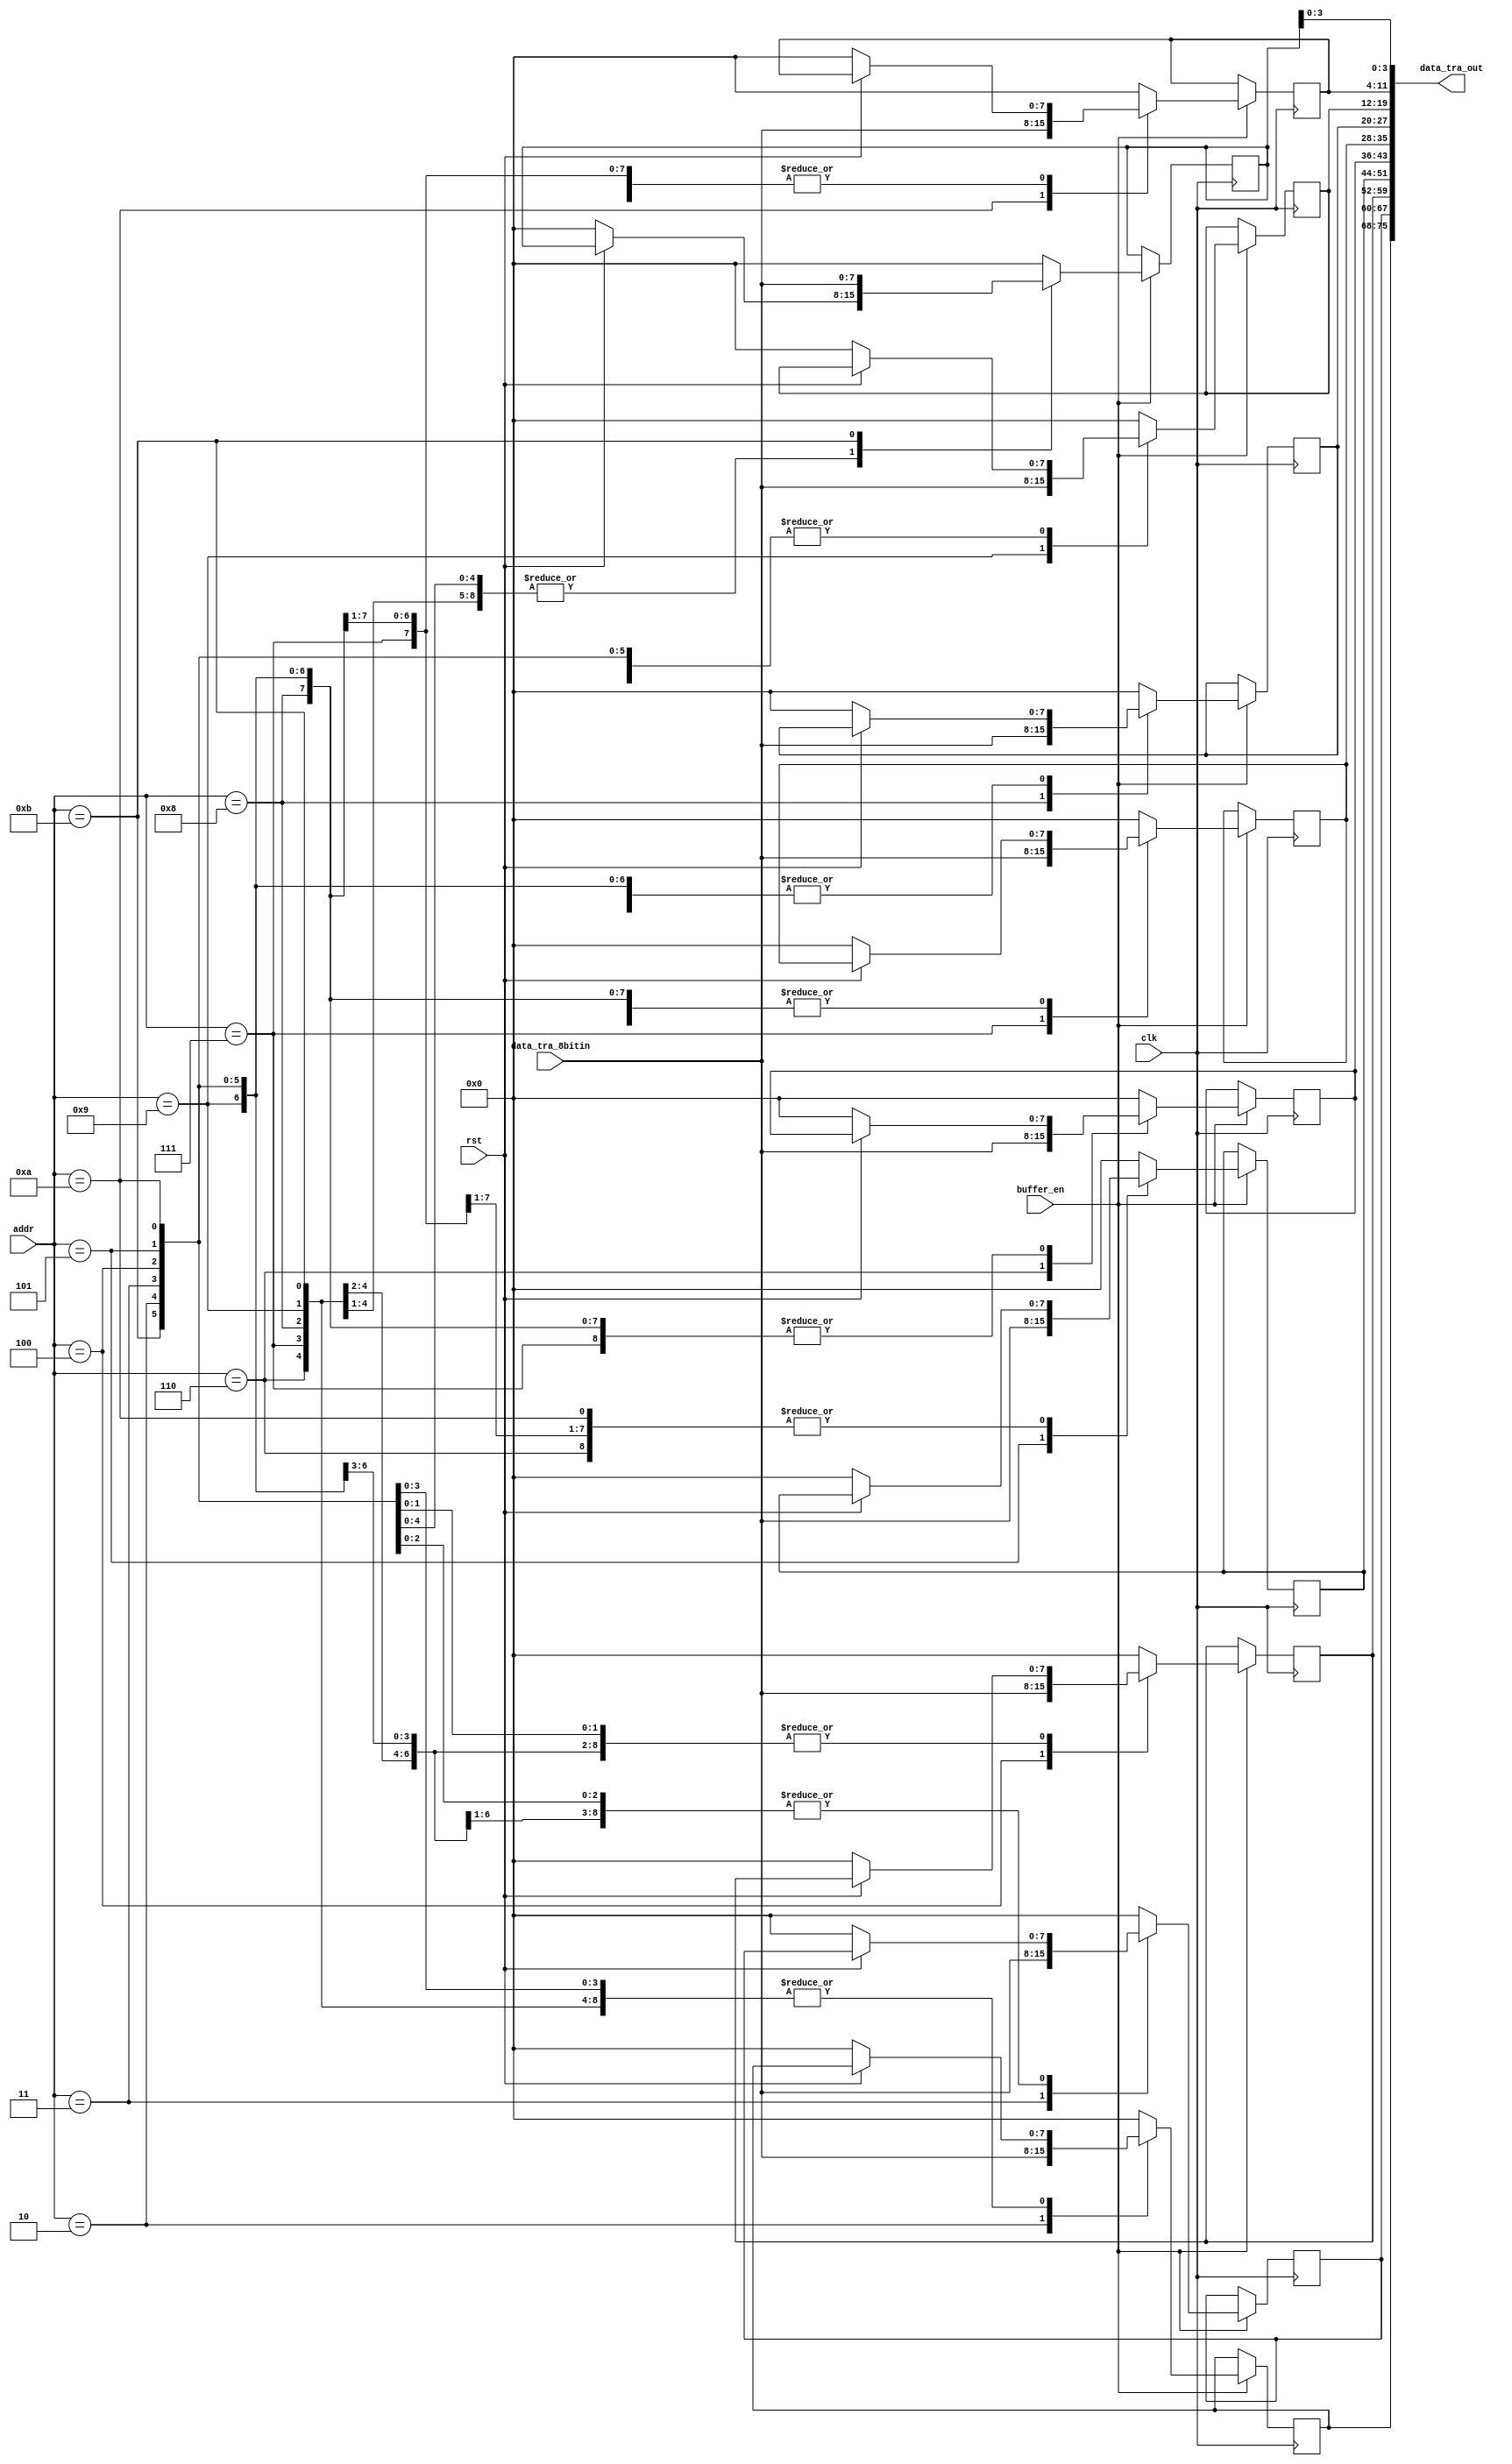
//
// Verilog Module mopshub_lib.tra_elink_buf
//
// Created:
//          by - dcs.dcs (chipdev2.physik.uni-wuppertal.de)
//          at - 11:42:25 08/18/21
//
// using Mentor Graphics HDL Designer(TM) 2019.4 (Build 4)
//

`resetall
`timescale 1ns/10ps
module buffer_tra_elink(
   // Port Declarations
   input   wire           clk, 
   input   wire    [7:0]  data_tra_8bitin,   // 16-bit data from each traeive register of canakari
   input   wire           buffer_en,            // enable signal
   input   wire           rst,           // reset active low
   input   wire    [4 :0] addr,        
   output  wire    [75:0] data_tra_out  // complete CAN message output. 11-bit b0 and 4 data-bytes

);

  // Internal Declarations
  reg [7:0] b0;      // CAN b0 is 11-bits.  Here 3 Hex values are used to reprent COB-b0
  reg [7:0] b1;         // Data bytes 1...8
  reg [7:0] b2;  
  reg [7:0] b3;  
  reg [7:0] b4;  
  reg [7:0] b5;  
  reg [7:0] b6;  
  reg [7:0] b7;  
  reg [7:0] b8;  
  reg [7:0] b9;  
  initial 
    begin
      b0 = 8'h00;     
      b1 = 8'h00;        
      b2 = 8'h00;  
      b3 = 8'h00;  
      b4 = 8'h00;  
      b5 = 8'h00;  
      b6 = 8'h00;  
      b7 = 8'h00;  
      b8 = 8'h00;  
      b9 = 8'h00; 
    end
    
    
always@(posedge clk)
begin 
  if(!rst)
   begin 
   b0 <= 8'h00;
   b1 <= 8'h00;
   b2 <= 8'h00;
   b3 <= 8'h00;
   b4 <= 8'h00;
   b5 <= 8'h00;
   b6 <= 8'h00;
   b7 <= 8'h00;
   b8 <= 8'h00;
   b9 <= 8'h00;
   end
   if(buffer_en)
    begin
      case(addr)
       5'h2 : b0  <= data_tra_8bitin[7:0];        
       5'h3 : b1  <= data_tra_8bitin[7:0];         
       5'h4 : b2  <= data_tra_8bitin[7:0];                                  
       5'h5 : b3  <= data_tra_8bitin[7:0];        
       5'h6 : b4  <= data_tra_8bitin[7:0];                     
       5'h7 : b5  <= data_tra_8bitin[7:0];       
       5'h8 : b6  <= data_tra_8bitin[7:0];           
       5'h9 : b7  <= data_tra_8bitin[7:0];      
       5'hA : b8  <= data_tra_8bitin[7:0];            
       5'hB : b9  <= data_tra_8bitin[7:0];            
       default 
        begin
         b0 <= 8'h00;
         b1 <= 8'h00;
         b2 <= 8'h00;
         b3 <= 8'h00;
         b4 <= 8'h00;
         b5 <= 8'h00;
         b6 <= 8'h00;
         b7 <= 8'h00;
         b8 <= 8'h00;
         b9 <= 8'h00;
        end 
      endcase
    end  
    else
     begin
          b0 <= b0;
          b1 <= b1;
          b2 <= b2;
          b3 <= b3;
          b4 <= b4;
          b5 <= b5;
          b6 <= b6;
          b7 <= b7;
          b8 <= b8;
          b9 <= b9;      
     end 
end 

//Output assigments
assign data_tra_out = {b0,b1,b2,b3,b4,b5,b6,b7,b8,b9[3:0]};

endmodule